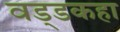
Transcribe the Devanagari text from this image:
वड्डकहा